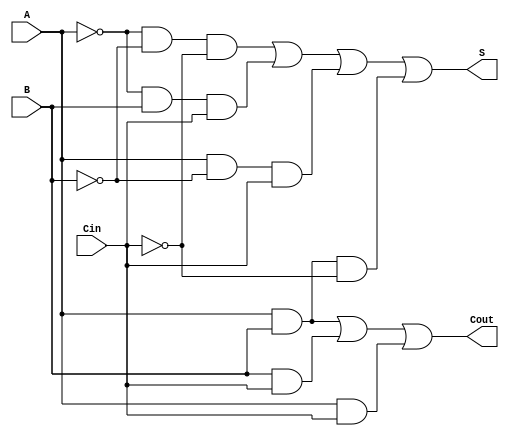
module Negative_Circuit_Full_Adder (
    input wire A,      // First input bit (negative logic)
    input wire B,      // Second input bit (negative logic)
    input wire Cin,    // Carry-in bit (negative logic)
    output wire S,     // Sum output bit (negative logic)
    output wire Cout    // Carry-out output bit (negative logic)
);

    // Intermediate signals for inverted inputs
    wire A_inv;
    wire B_inv;
    wire Cin_inv;

    // Invert the inputs to convert negative logic to positive logic
    assign A_inv = ~A; // A_inv = NOT A
    assign B_inv = ~B; // B_inv = NOT B
    assign Cin_inv = ~Cin; // Cin_inv = NOT Cin

    // Sum output (S) using the provided logic function
    assign S = (A_inv & B_inv & Cin_inv) | (A_inv & B & Cin) | (A & B_inv & Cin) | (A & B & Cin_inv);

    // Carry-out output (Cout) using the provided logic function
    assign Cout = (A & B) | (B & Cin) | (A & Cin);

endmodule